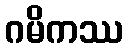
ဂမိကဿ